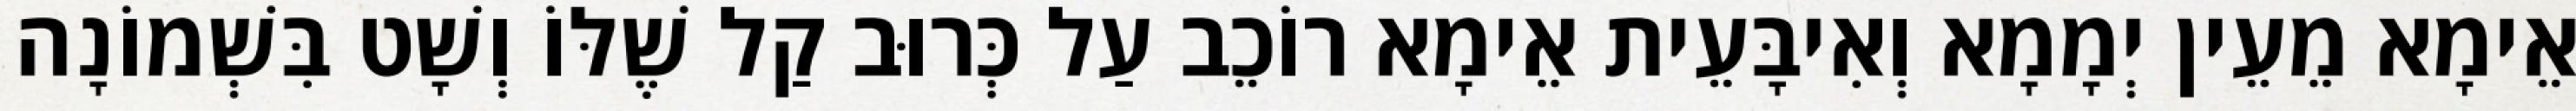
אֵימָא מֵעֵין יְמָמָא וְאִיבָּעֵית אֵימָא רוֹכֵב עַל כְּרוּב קַל שֶׁלּוֹ וְשָׁט בִּשְׁמוֹנָה